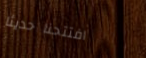
افتتحنا حديثاً